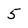
Character: 5